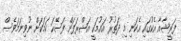
ފަރީޝާއާ އެކުގައި އެކަނި މި ދަތުރު އައުމަކީ އަޝްރަފަށް ފަސޭހަ ކަމަކަށް ނުވިނަމަވެސް